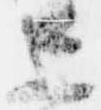
上